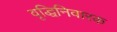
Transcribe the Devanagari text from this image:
वृद्धिनिवारक